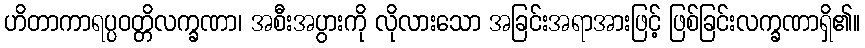
ဟိတာကာရပ္ပဝတ္တိလက္ခဏာ၊ အစီးအပွားကို လိုလားသော အခြင်းအရာအားဖြင့် ဖြစ်ခြင်းလက္ခဏာရှိ၏။